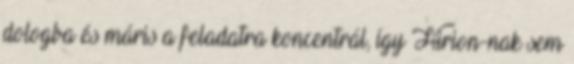
dologba és máris a feladatra koncentrál, így Hirion-nak sem